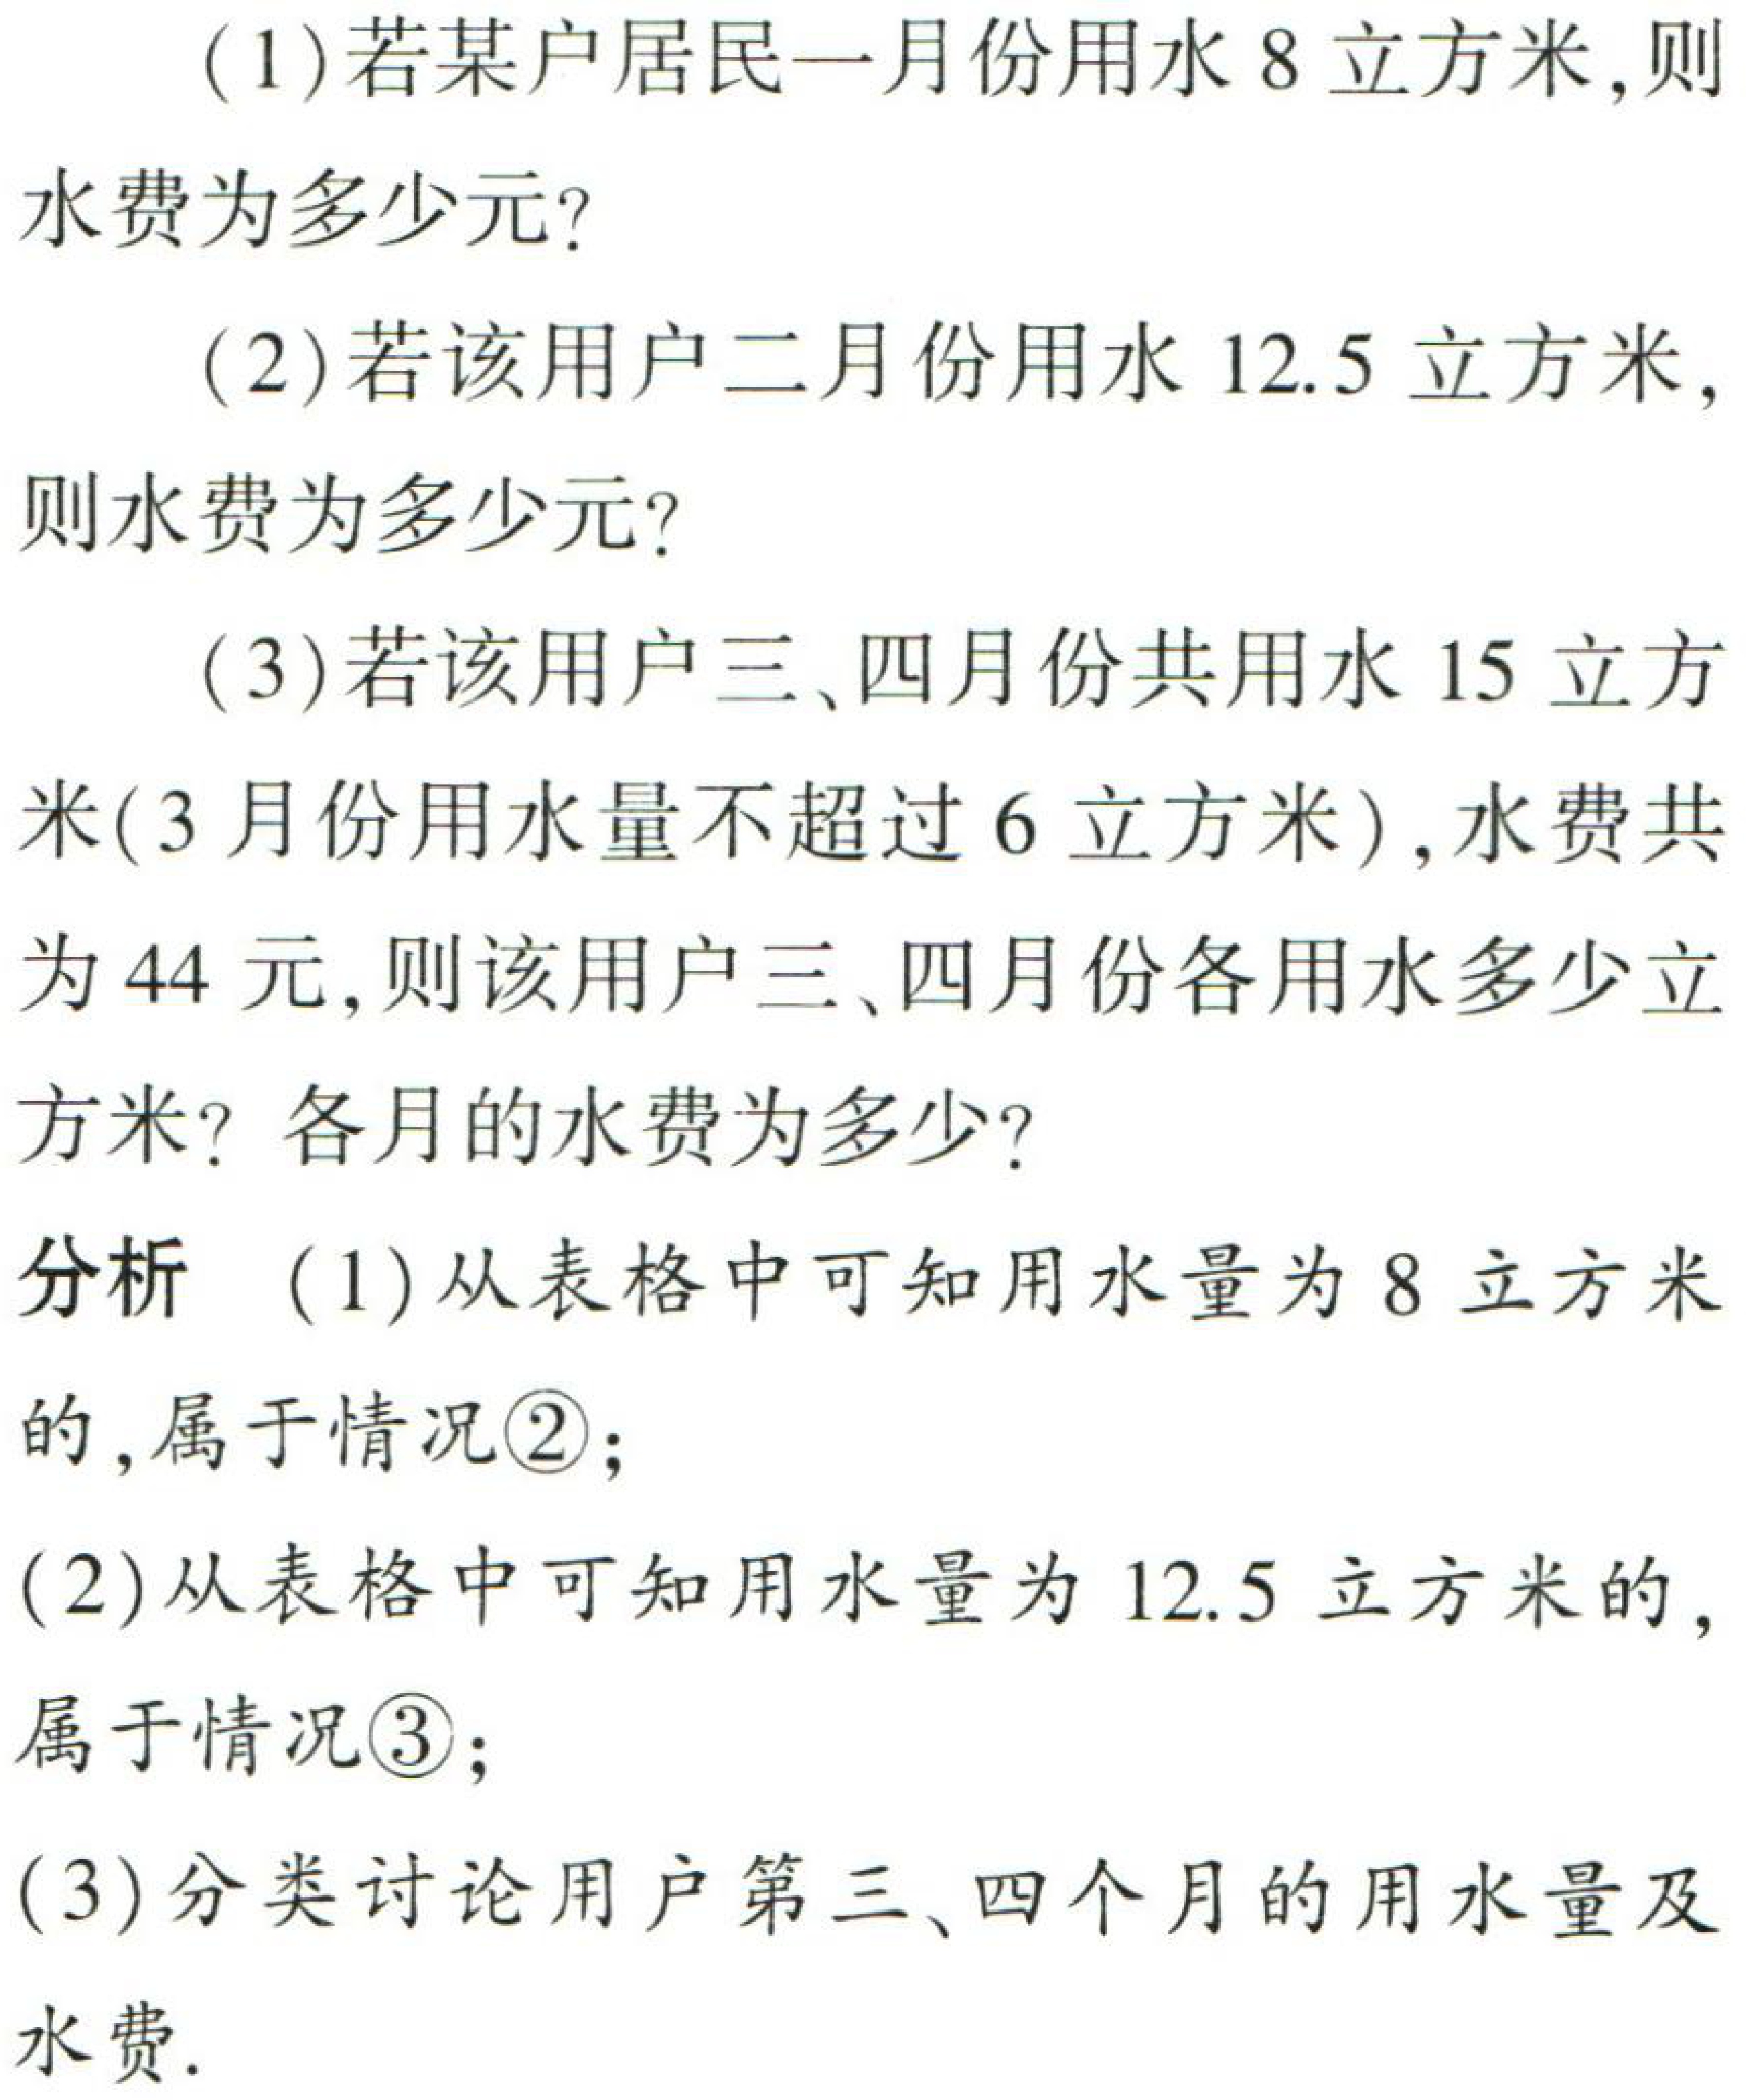
（1）若某户居民一月份用水8立方米，则
水费为多少元？
（2）若该用户二月份用水12.5立方米，
则水费为多少元？
（3）若该用户三、四月份共用水15立方
米(3月份用水量不超过6立方米)，水费共
为44元，则该用户三、四月份各用水多少立
方米？各月的水费为多少？
分析 （1）从表格中可知用水量为8立方米
的，属于情况\textcircled{2}；
(2)从表格中可知用水量为12.5立方米的，
属于情况\textcircled{3}；
(3)分类讨论用户第三、四个月的用水量及
水费.